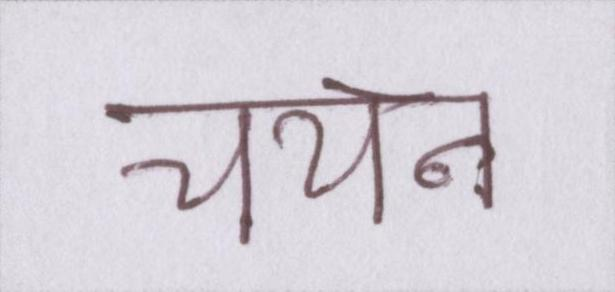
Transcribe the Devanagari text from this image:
चयन